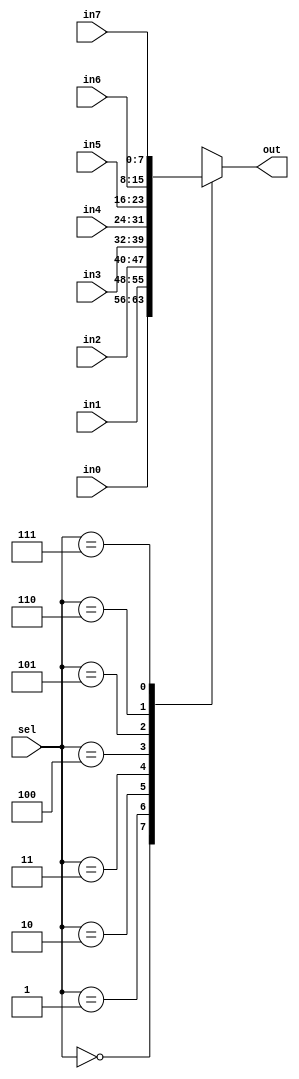
module databus(
    input [7:0] in0,
    input [7:0] in1,
    input [7:0] in2,
    input [7:0] in3,
    input [7:0] in4,
    input [7:0] in5,
    input [7:0] in6,
    input [7:0] in7,
    input [2:0] sel,
    output reg [7:0] out
);

always @(*) begin
    case (sel)
        3'b000: out = in0;
        3'b001: out = in1;
        3'b010: out = in2;
        3'b011: out = in3;
        3'b100: out = in4;
        3'b101: out = in5;
        3'b110: out = in6;
        3'b111: out = in7;
        default: out = 8'b0000_0000;
    endcase
end

endmodule